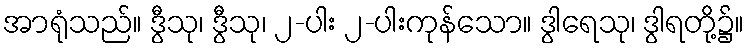
အာရုံသည်။ ဒွီသု၊ ဒွီသု၊ ၂-ပါး ၂-ပါးကုန်သော။ ဒွါရေသု၊ ဒွါရတို့၌။